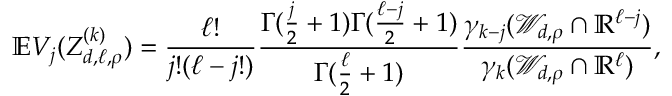
\mathbb { E } V _ { j } ( Z _ { d , \ell , \rho } ^ { ( k ) } ) = { \frac { \ell ! } { j ! ( \ell - j ! ) } } { \frac { \Gamma ( { \frac { j } { 2 } } + 1 ) \Gamma ( { \frac { \ell - j } { 2 } } + 1 ) } { \Gamma ( { \frac { \ell } { 2 } } + 1 ) } } { \frac { \gamma _ { k - j } ( \mathcal { W } _ { d , \rho } \cap \mathbb { R } ^ { \ell - j } ) } { \gamma _ { k } ( \mathcal { W } _ { d , \rho } \cap \mathbb { R } ^ { \ell } ) } } ,